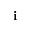
\mathbf { i }